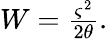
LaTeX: \begin{array}{r}{W=\frac{\varsigma^{2}}{2\theta}.}\end{array}